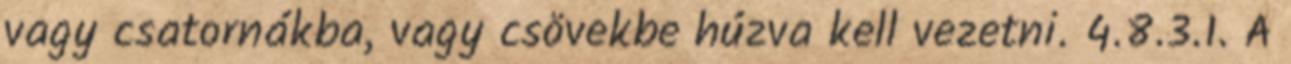
vagy csatornákba, vagy csövekbe húzva kell vezetni. 4.8.3.1. A